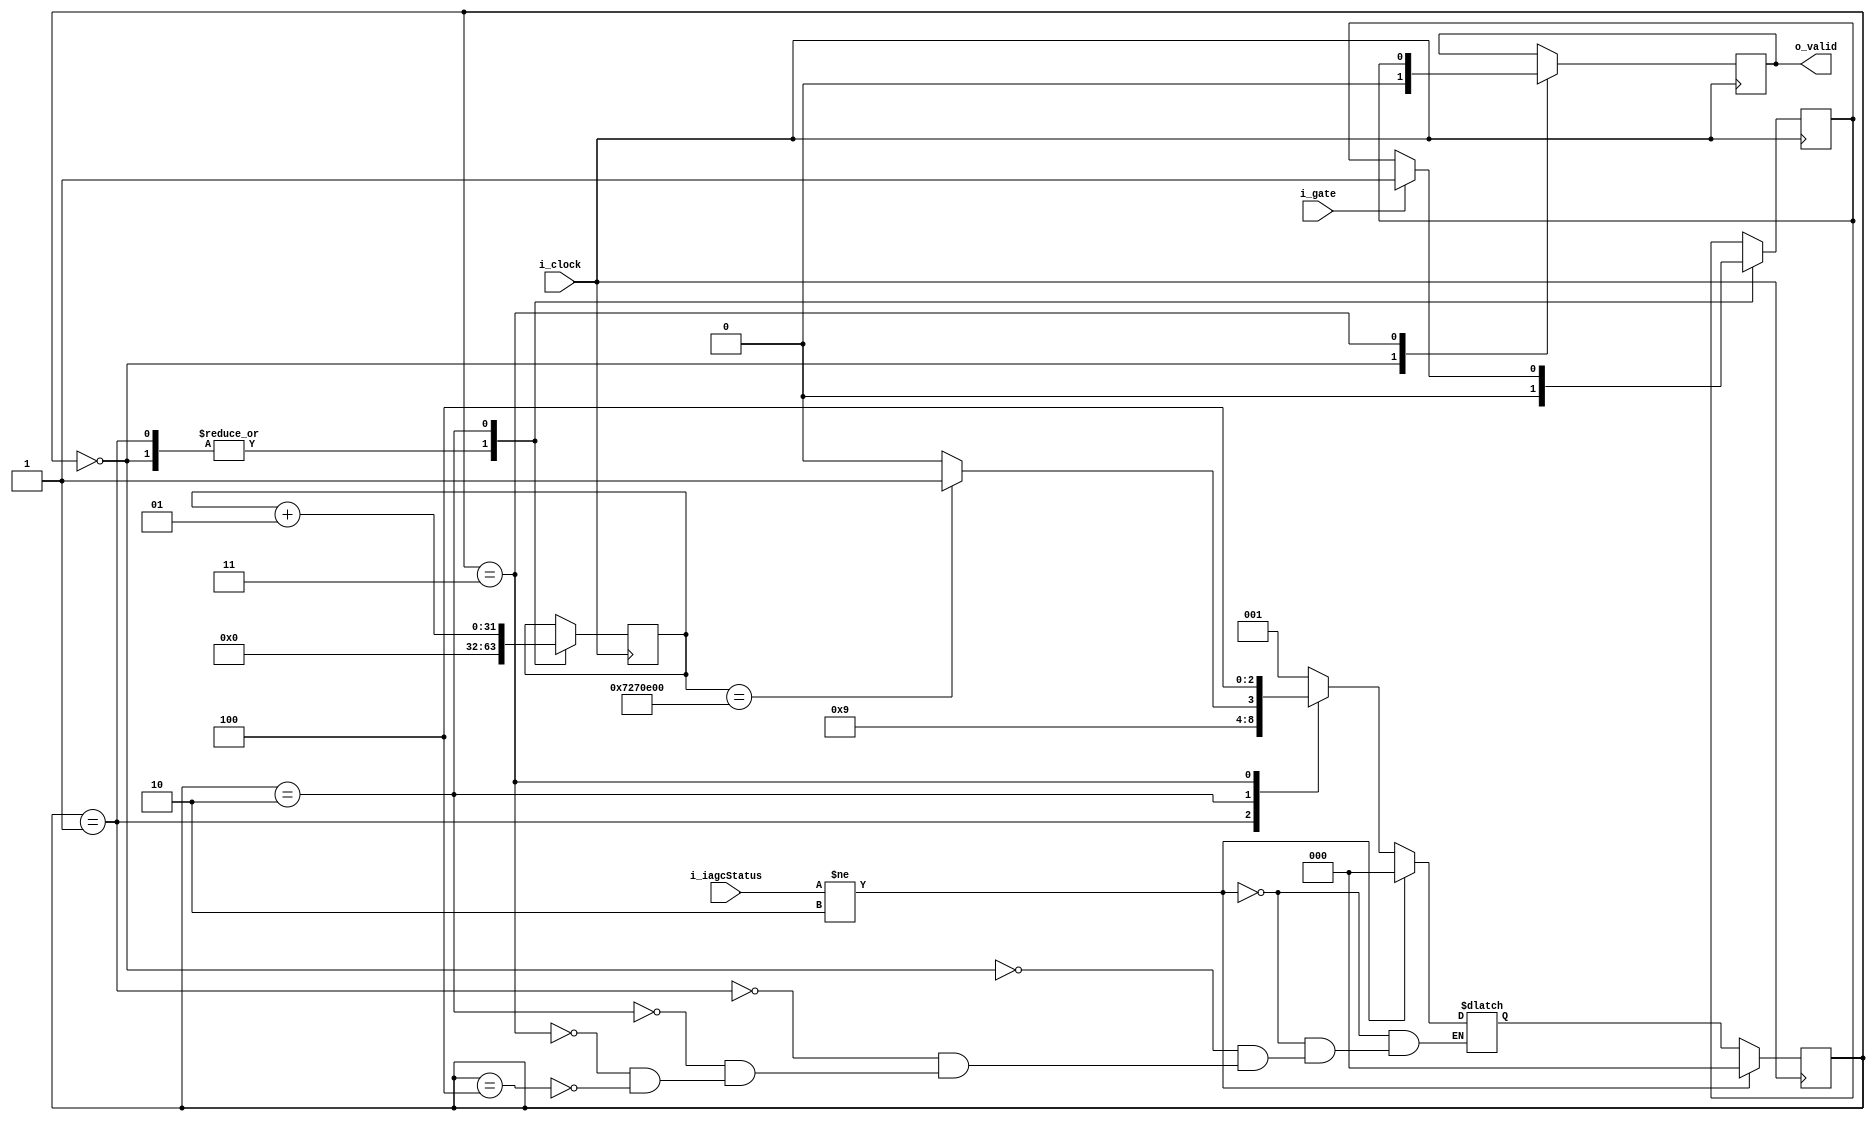
`timescale 1ns / 1ps `default_nettype none

module watchdog #(
    parameter IAGC_STATUS_SIZE = 4,
    parameter TICKS = 120000000
) (
    input wire i_clock,
    input wire [IAGC_STATUS_SIZE-1:0] i_iagcStatus,
    input wire i_gate,
    output wire o_valid
);
  localparam IAGC_STATUS_IDLE = 4'b0010;
  localparam STATUS_RESET = 3'b000;
  localparam STATUS_INIT = 3'b001;
  localparam STATUS_WATCH = 3'b010;
  localparam STATUS_VALIDATE = 3'b011;
  localparam STATUS_MAINTAIN = 3'b100;
  localparam STATUS_SIZE = 3;
  reg [STATUS_SIZE-1:0] status;
  reg [STATUS_SIZE-1:0] nextStatus;
  integer counter;
  reg gateAlive;
  reg valid;

  always @(posedge i_clock) begin
    if (i_iagcStatus != IAGC_STATUS_IDLE) begin
      status <= STATUS_RESET;
    end else begin
      status <= nextStatus;
    end

    case (status)
      STATUS_RESET: begin
        counter <= 0;
        gateAlive <= 1'b0;
        valid <= 1'b0;
      end
      STATUS_INIT: begin
        counter <= 0;
        gateAlive <= 1'b0;
        valid <= valid;
      end
      STATUS_WATCH: begin
        counter <= counter + 1;
        gateAlive <= i_gate ? 1'b1 : gateAlive;
        valid <= valid;
      end
      STATUS_VALIDATE: begin
        counter <= counter;
        gateAlive <= gateAlive;
        valid <= gateAlive;
      end
      STATUS_MAINTAIN: begin
        counter <= counter;
        gateAlive <= gateAlive;
        valid <= valid;
      end
    endcase
  end

  always @(*) begin
    if (i_iagcStatus != IAGC_STATUS_IDLE) begin
      nextStatus = STATUS_RESET;
    end else begin
      case (status)
        STATUS_RESET: begin
          nextStatus = STATUS_INIT;
        end
        STATUS_INIT: begin
          nextStatus = STATUS_WATCH;
        end
        STATUS_WATCH: begin
          nextStatus = (counter == TICKS) ? STATUS_VALIDATE : STATUS_WATCH;
        end
        STATUS_VALIDATE: begin
          nextStatus = STATUS_MAINTAIN;
        end
        STATUS_MAINTAIN: begin
          nextStatus = STATUS_INIT;
        end
      endcase
    end
  end

  assign o_valid = valid;
endmodule

`default_nettype wire